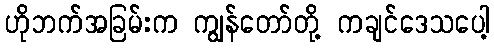
ဟိုဘက်အခြမ်းက ကျွန်တော်တို့ ကချင်ဒေသပေါ့